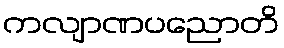
ကလျာဏပညောတိ